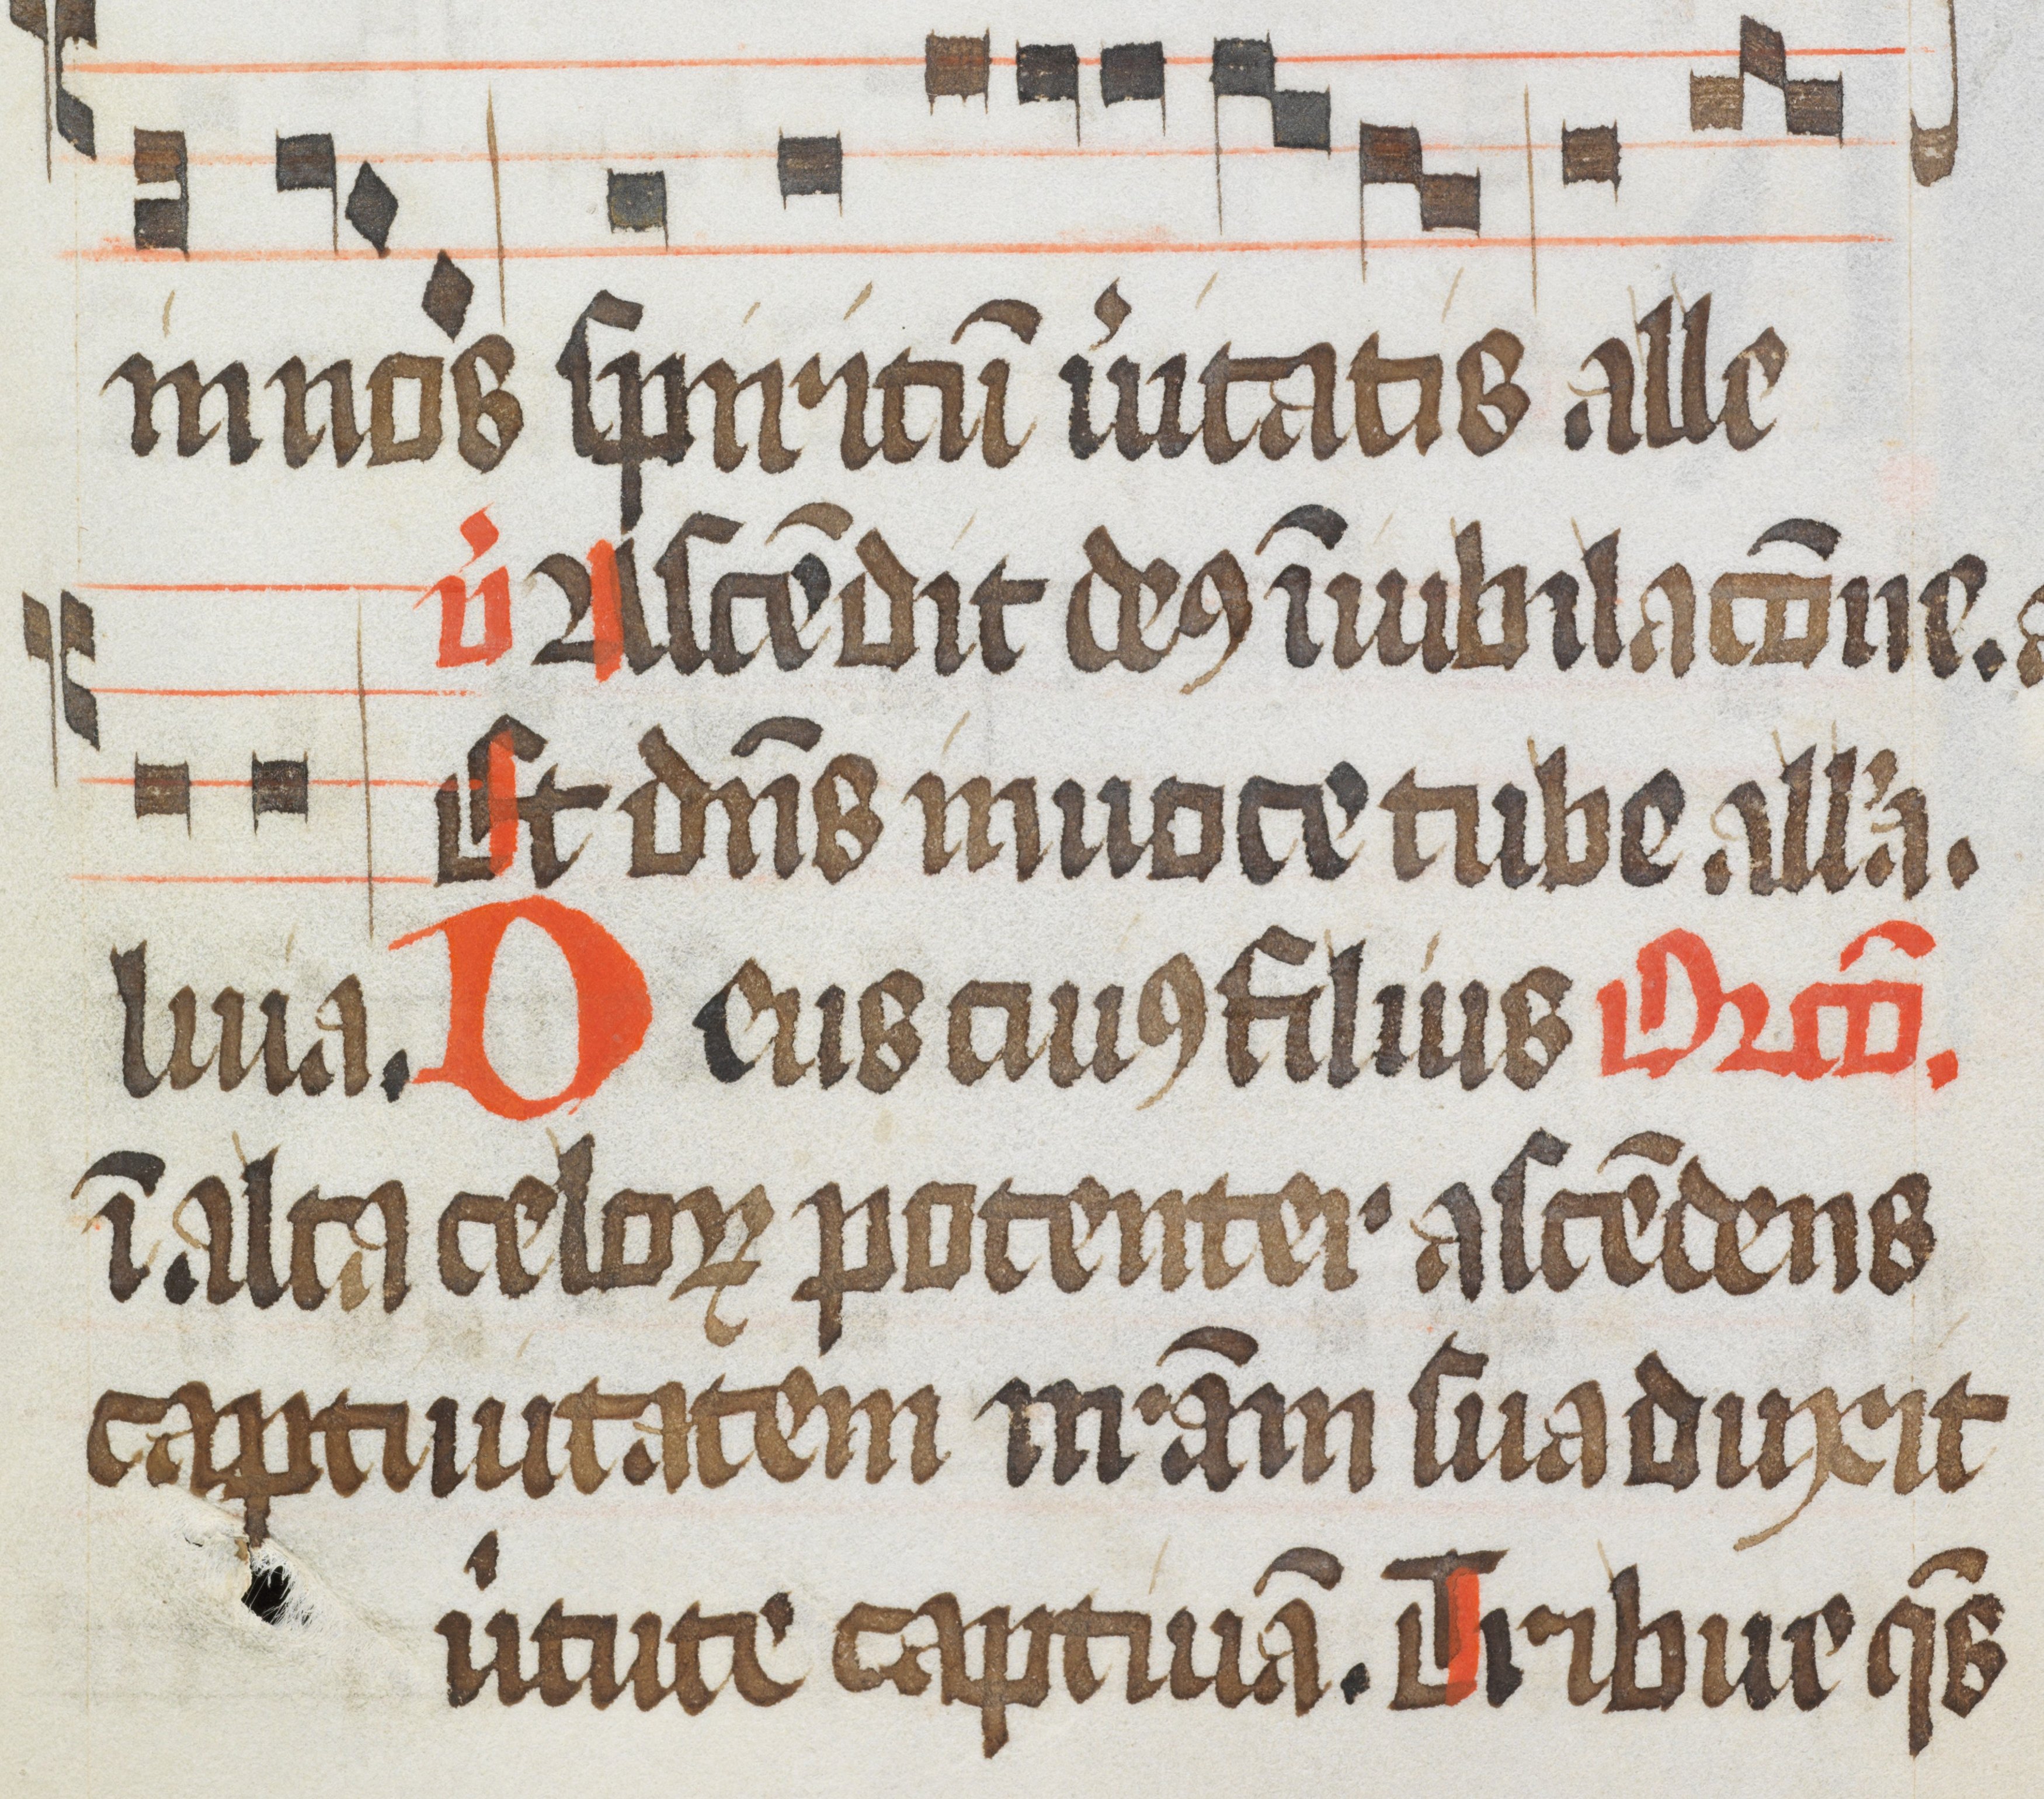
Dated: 1484–1487